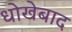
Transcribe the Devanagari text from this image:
धोखेबाद